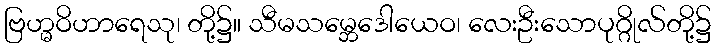
ဗြဟ္မဝိဟာရေသု၊ တို့၌။ သီမသမ္ဘေဒေါယေဝ၊ လေးဦးသောပုဂ္ဂိုလ်တို့၌